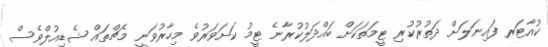
ކުއާޓަރ ފައިނަލަށް ދަތުރުކުރި ޓީމަތަކަށް ބައްދަލުކުރާނެ ޓީމު ކަށަވަރުވެ މިހާރުވަނީ މެޗްތައް ޝެޑިއުލްވެސް